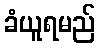
ခံယူရမည်